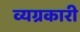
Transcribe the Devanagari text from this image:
व्यग्रकारी